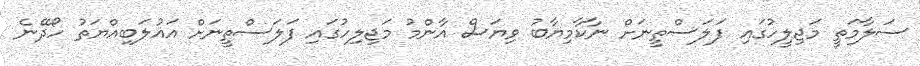
ސަލާމަތީ މަޖިލީހުގައި ފަލަސްތީނަށް ނާކާމިޔާބު ވިޔަސް އާންމު މަޖިލިހުގައި ފަލަސްތީނަށް އަޣުލަބިއްޔަތު ހޯދޭނެ